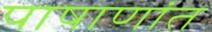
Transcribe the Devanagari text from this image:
पाषाणांत